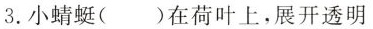
3.小蜻蜓()在荷叶上，展开透明